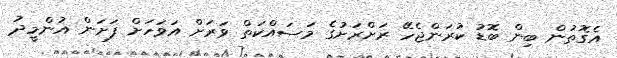
އެގޮތުން ބިން ބޮޑު ކުރަންޖެހޭ ރަށްރަށުގެ މަސައްކަތް ވަރަށް އަވަހަށް ފަށަން އުންމީދު